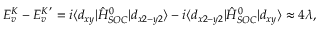
E _ { v } ^ { K } - E _ { v } ^ { K ^ { \prime } } = i \langle d _ { x y } | \hat { H } _ { S O C } ^ { 0 } | d _ { x 2 - y 2 } \rangle - i \langle d _ { x 2 - y 2 } | \hat { H } _ { S O C } ^ { 0 } | d _ { x y } \rangle \approx 4 \lambda ,